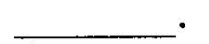
___.